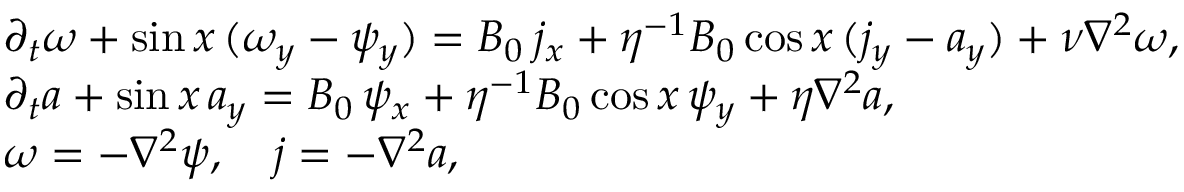
\begin{array} { r l } & { \partial _ { t } \omega + \sin x \, ( \omega _ { y } - \psi _ { y } ) = B _ { 0 } \, j _ { x } + \eta ^ { - 1 } B _ { 0 } \cos x \, ( j _ { y } - a _ { y } ) + \nu \nabla ^ { 2 } \omega , } \\ & { \partial _ { t } a + \sin x \, a _ { y } = B _ { 0 } \, \psi _ { x } + \eta ^ { - 1 } B _ { 0 } \cos x \, \psi _ { y } + \eta \nabla ^ { 2 } a , } \\ & { \omega = - \nabla ^ { 2 } \psi , \quad j = - \nabla ^ { 2 } a , } \end{array}